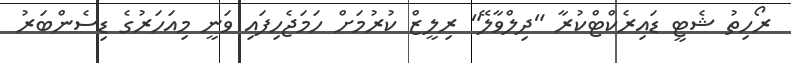
ރޯހިތު ޝެޓީ ޑައިރެކްޓްކުރާ "ދިލްވާލޭ" ރިލީޒް ކުރުމަށް ހަމަޖެހިފައި ވަނީ މިއަހަރުގެ ޑިސެންބަރު